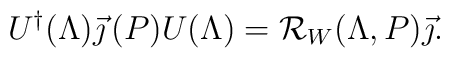
U^{\dagger}(\Lambda)\vec{\jmath}\,(P)U(\Lambda)={\cal R}_W(\Lambda,P)\vec{\jmath}.